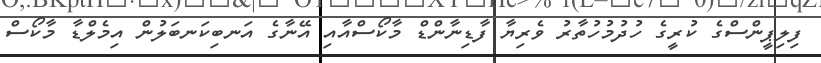
ފިލިޕީންސްގެ ކުރީގެ ހުދުމުހުތާރު ވެރިޔާ ފާޑިނާންޑް މާކޯސްއާއި އޭނާގެ އަނބިކަނބަލުން އިމެލްޑާ މާކޯސް